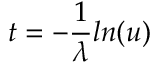
t = - { \frac { 1 } { \lambda } } l n ( u )